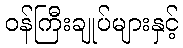
ဝန်ကြီးချုပ်များနှင့်